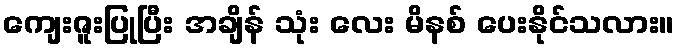
ကျေးဇူးပြုပြီး အချိန် သုံး လေး မိနစ် ပေးနိုင်သလား။